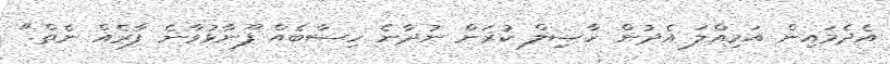
އެދެމައިން އަމިއްލަ އެދުން ހާޞިލް ކުރަން ނުދާނެ ހިސާބެއް ފޫނާޅުވާނެ ފާރެއް ނެތް."